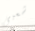
شعبى